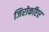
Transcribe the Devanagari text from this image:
जिरोकॉप्टर